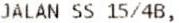
JALAN SS 15/4B,